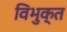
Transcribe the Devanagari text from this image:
विभुक्त